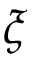
\xi